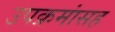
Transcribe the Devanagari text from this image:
उपक्रमांसह